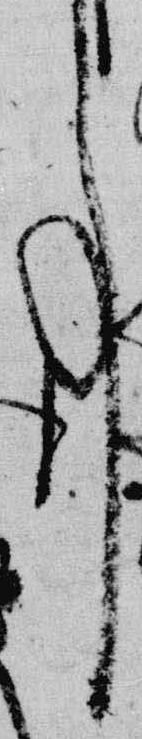
事